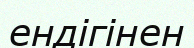
ендігінен